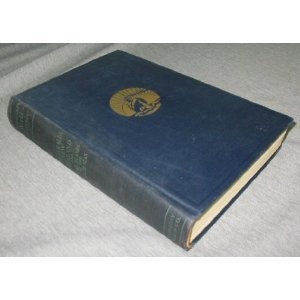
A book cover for Australia, New Zealand and Some Islands of the South Seas;: Australia, New Zealand, Thursday Island, the Samoas, New Guinea, the Fijis, and the Tongas, (Carpenter's World Travels); Frank G. Carpenter; Travel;